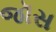
જૉસ